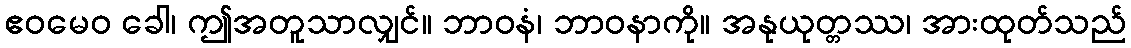
ဧဝမေဝ ခေါ၊ ဤအတူသာလျှင်။ ဘာဝနံ၊ ဘာဝနာကို။ အနုယုတ္တဿ၊ အားထုတ်သည်